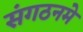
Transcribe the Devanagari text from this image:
संगठनमे